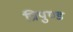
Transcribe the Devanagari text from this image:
त्रिपुण्ड